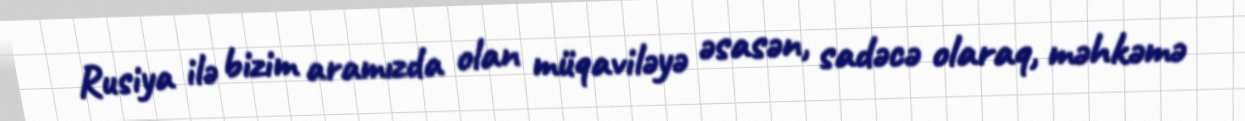
Rusiya ilə bizim aramızda olan müqaviləyə əsasən, sadəcə olaraq, məhkəmə